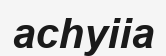
асһуііа